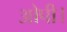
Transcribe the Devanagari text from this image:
ओपी।